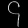
Digit: ၄